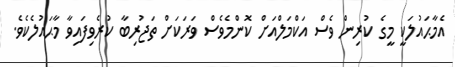
އެމާޙައުލަކީ މީގެ ކުރިން ވެސް އަކްމަލްއަށް ކޮންމެވެސް ވަރަކަށް ތަޖުރިބާ ކުރެވިފައިވާ މާޙައުލެކެވެ.